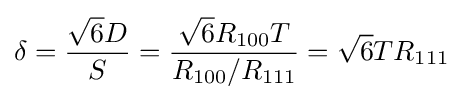
\delta ={\frac {{\sqrt {6}}D}{S}}={\frac {{\sqrt {6}}R_{100}T}{R_{100}/R_{111}}}={\sqrt {6}}TR_{111}